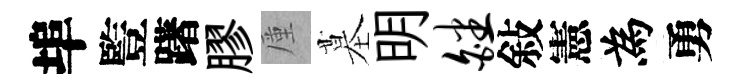
埠䜿躇膠厪墓明皤敍憲為勇